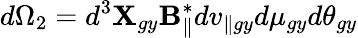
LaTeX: d\Omega_{2}=d^{3}\textbf{X}_{gy}\textbf{B}_{\parallel}^{*}dv_{\parallel gy}d\mu_{gy}d\theta_{gy}